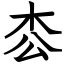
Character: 枩